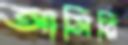
আসিরি